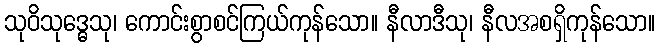
သုဝိသုဒ္ဓေသု၊ ကောင်းစွာစင်ကြယ်ကုန်သော။ နီလာဒီသု၊ နီလအစရှိကုန်သော။